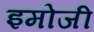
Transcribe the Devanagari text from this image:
इमोजी